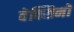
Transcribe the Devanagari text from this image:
वेक्सिनों